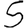
Digit: 5